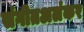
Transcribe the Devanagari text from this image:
संगीतअलंकर